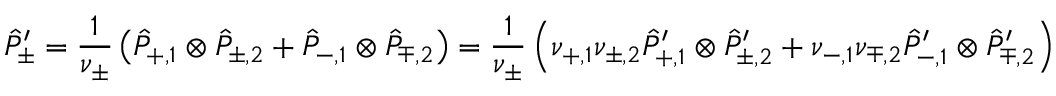
\hat { P } _ { \pm } ^ { \prime } \stackrel { } { = } \frac { 1 } { \nu _ { \pm } } \left( \hat { P } _ { + , 1 } \otimes \hat { P } _ { \pm , 2 } + \hat { P } _ { - , 1 } \otimes \hat { P } _ { \mp , 2 } \right) = \frac { 1 } { \nu _ { \pm } } \left( \nu _ { + , 1 } \nu _ { \pm , 2 } \hat { P } _ { + , 1 } ^ { \prime } \otimes \hat { P } _ { \pm , 2 } ^ { \prime } + \nu _ { - , 1 } \nu _ { \mp , 2 } \hat { P } _ { - , 1 } ^ { \prime } \otimes \hat { P } _ { \mp , 2 } ^ { \prime } \right)